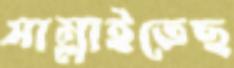
সাম্‌লাইতেছ